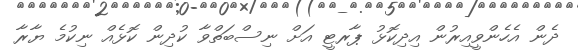
ދެން އެހެންވީއިރުން އިދިކޮޅު ޕާރޓީ އަށް ނިސްބަތްވާ ކުދިން ކޮޅެއް ނިކުމެ ޔާރާ